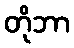
တိုဘာ